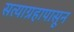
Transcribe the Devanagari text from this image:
सत्याग्रहापासून